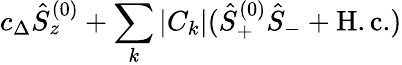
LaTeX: c_{\Delta}\hat{S}_{z}^{(0)}+\sum_{k}|C_{k}|(\hat{S}_{+}^{(0)}\hat{S}_{-}+\mathrm{H.c.})